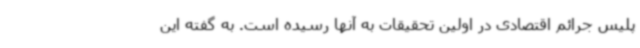
پلیس جرائم اقتصادی در اولین تحقیقات به آنها رسیده است. به گفته این